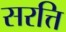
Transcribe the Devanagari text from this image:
सरत्ति